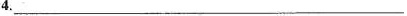
4.______________